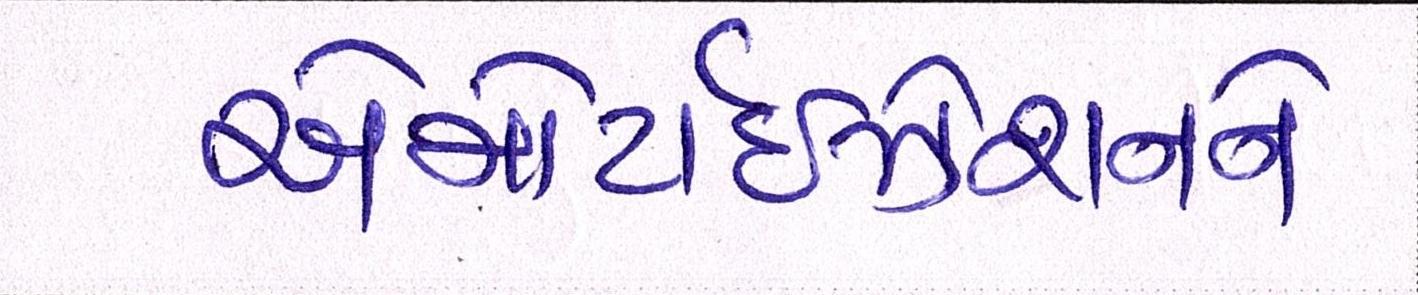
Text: એમોર્ટાઇઝેશનને